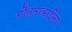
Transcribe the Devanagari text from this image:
गौतमाबाईंना